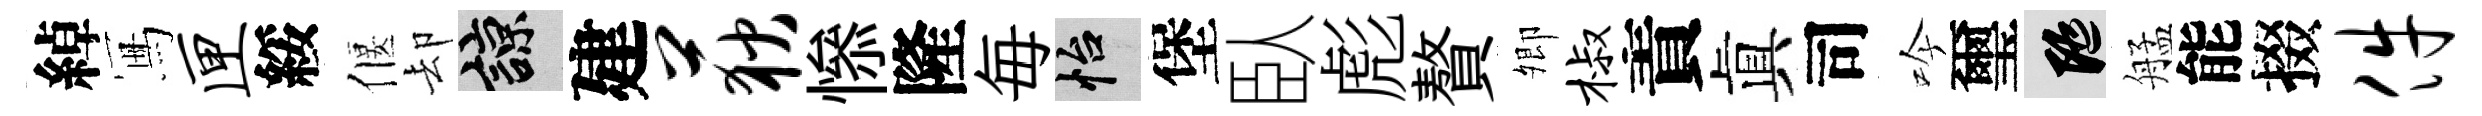
綽冩匣綏偃却諒建荻𢡖隆毎怡堡臥彪贅𡖖椒責眞司吟璽隨艋能掇件